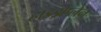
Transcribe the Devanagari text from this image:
हाइड्रोप्लेन